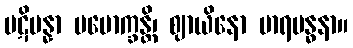
ပဋိပန္နာ ပမောက္ခန္တိ၊ ဈာယိနော မာရဗန္ဓနာ။